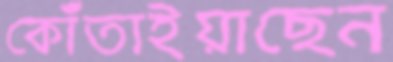
কোঁতাইয়াছেন